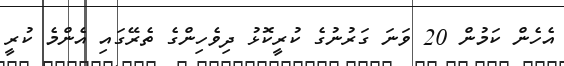
އެެހެން ކަމުން 20 ވަނަ ގަރުނުގެ ކުރީކޮޅު ދިވެހިންގެ ތެރޭގައި އެންމެ ކުރީ